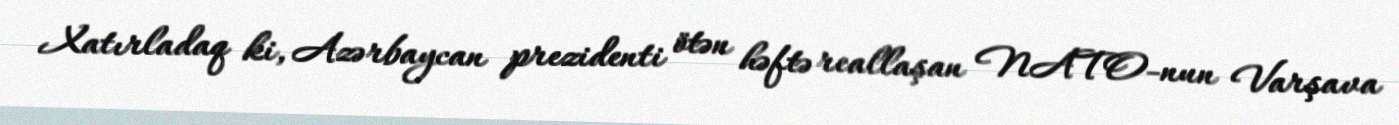
Xatırladaq ki, Azərbaycan prezidenti ötən həftə reallaşan NATO-nun Varşava